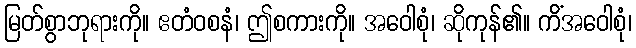
မြတ်စွာဘုရားကို။ ဧတံဝစနံ၊ ဤစကားကို။ အဝေါစုံ၊ ဆိုကုန်၏။ ကိံအဝေါစုံ၊